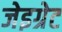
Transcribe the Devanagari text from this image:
जेइग्रेट